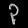
Digit: ၃